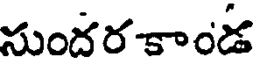
సుందర కాండ